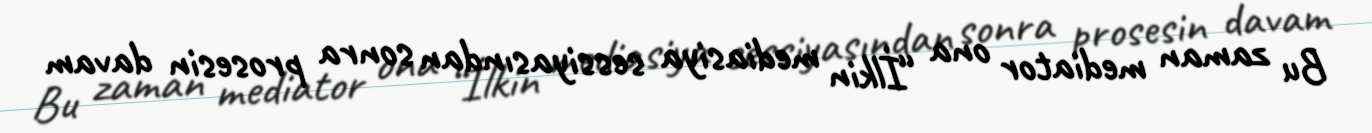
Bu zaman mediator ona “İlkin mediasiya sessiyasından sonra prosesin davam